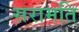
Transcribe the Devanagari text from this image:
सरामति